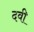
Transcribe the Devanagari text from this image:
दवी